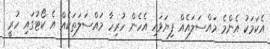
އެކަމަކު އެންމެ މައްސަލައެއް ފިޔަވައި އެހެން ހުރިހާ މައްސަލަތަކެއް އެ ކޯޓުގައި ހުރީ